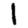
Digit: 1